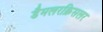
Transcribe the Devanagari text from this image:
डैमलरक्रिसलर